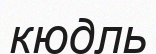
кюдль